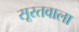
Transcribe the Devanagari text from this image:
सूरतवाला